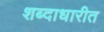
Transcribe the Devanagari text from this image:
शब्दाधारीत